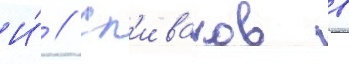
И́ // Сп'иваков в